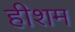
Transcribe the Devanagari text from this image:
हीशम